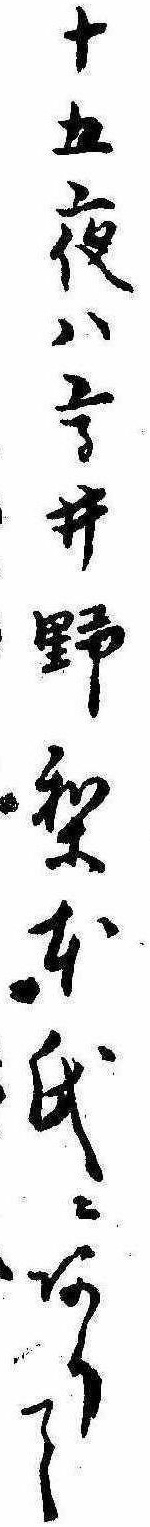
十五夜は高井野梨本氏にありて